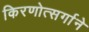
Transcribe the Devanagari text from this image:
किरणोत्‍सर्गाने